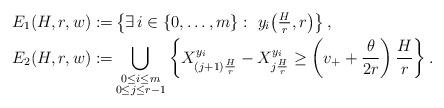
LaTeX: \begin{align*}E_1(H,r,w):=&\left\{ \exists \, i\in\left\{0,\dots, m \right\}:\ y_i\big( \tfrac{H}{r}, r \big)\right\},\\E_2(H,r,w):=&\bigcup_{\substack{0 \leq i \leq m \\ 0 \leq j \leq r-1}} \left\{X_{(j + 1)\frac{H}{r}}^{y_i} - X_{j\frac{H}{r}}^{y_i} \geq \left( v_+ + \frac{\theta}{2 r} \right)\frac{H}{r}\right\}.\end{align*}